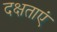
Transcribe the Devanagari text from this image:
दक्षताएं